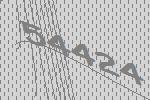
54424